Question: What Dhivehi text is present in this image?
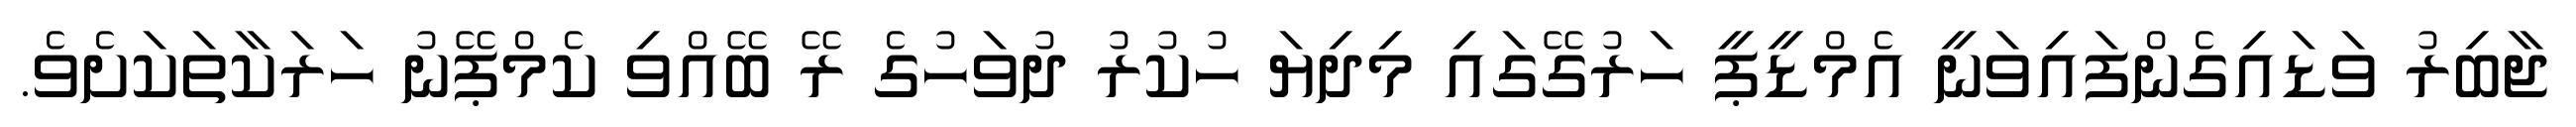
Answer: ޖާބިރު ވަޑައިގެންފައިވަނީ އެމްޑީޕީ ހަރުގޭގައި މިދިޔަ ހުކުރު ދުވަހުގެ ރޭ ބޭއްވި ކެމްޕޭނު ހަރަކާތަކަށެވެ.